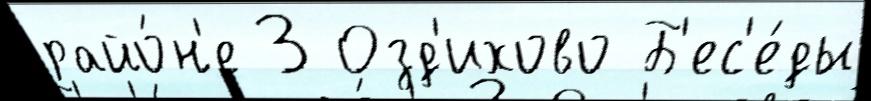
райо́н'е 3 Озд'ихово Б'ес'е́ды